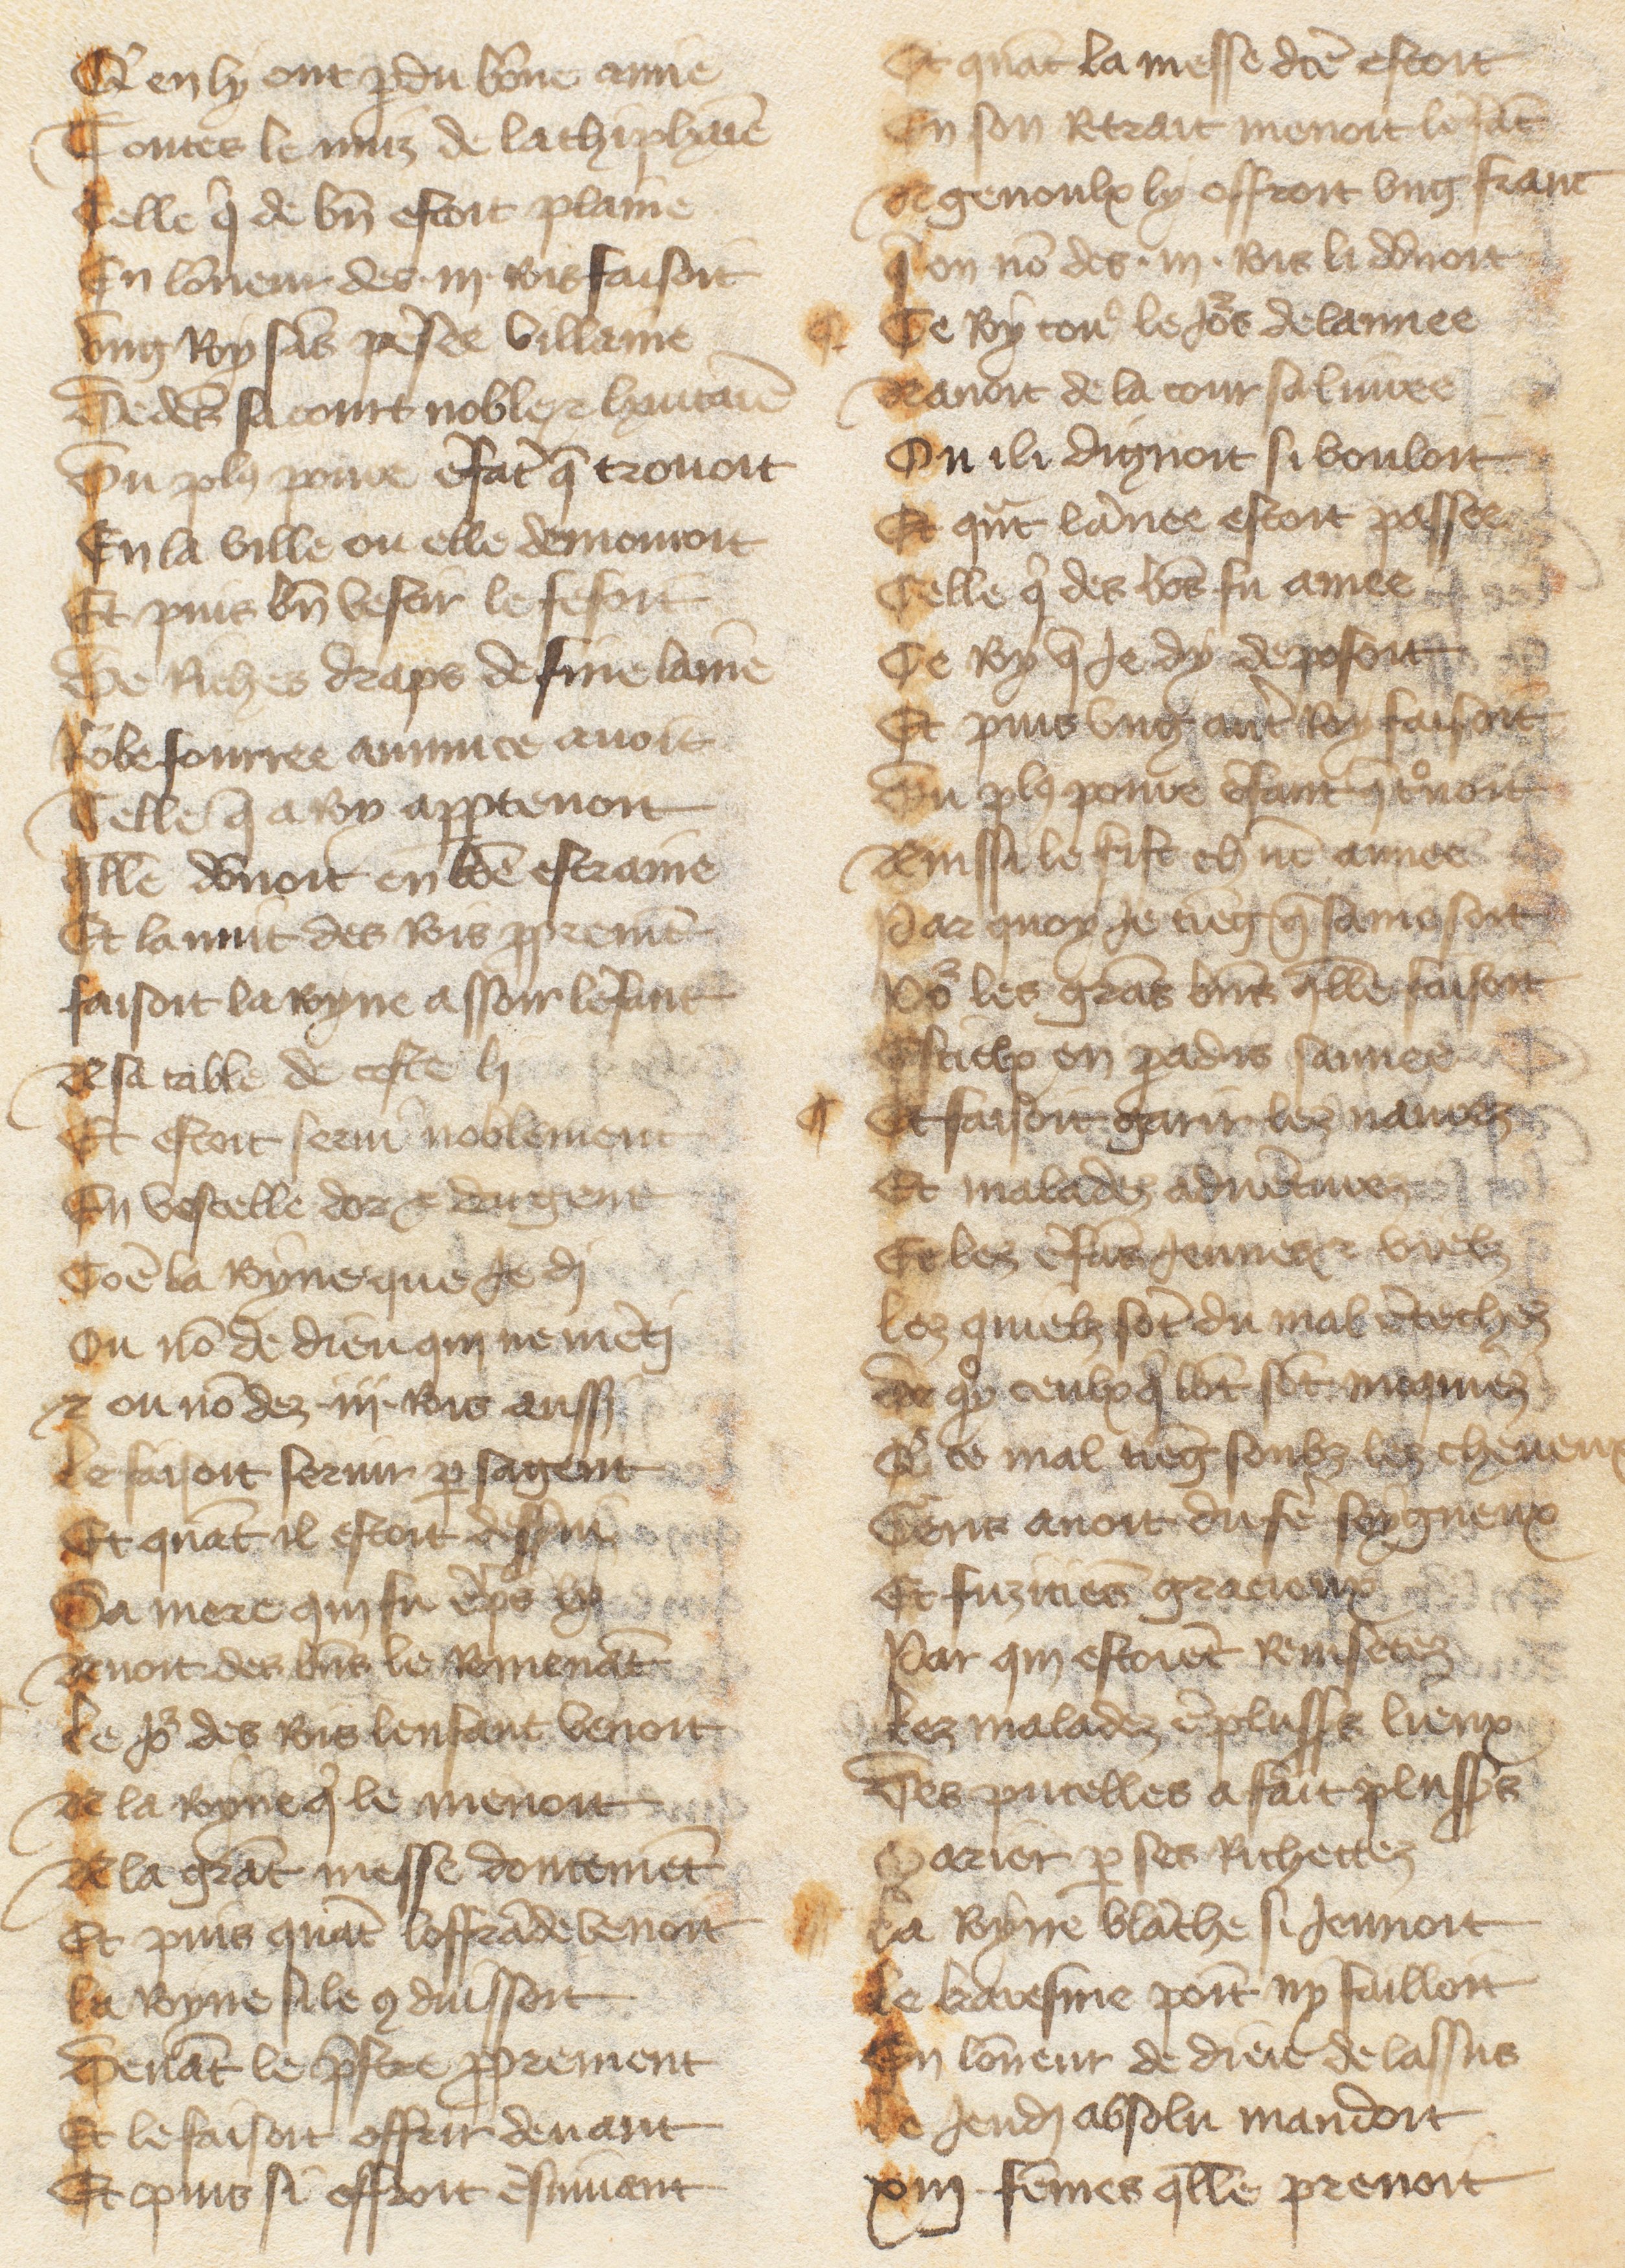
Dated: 1485–1499